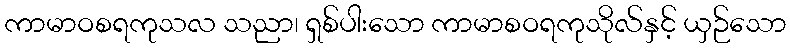
ကာမာဝစရကုသလ သညာ၊ ရှစ်ပါးသော ကာမာစဝရကုသိုလ်နှင့် ယှဉ်သော